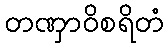
တဏှာဝိစရိတံ